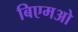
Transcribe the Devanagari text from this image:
बिएमओ